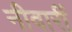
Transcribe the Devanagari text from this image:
नीवारीं